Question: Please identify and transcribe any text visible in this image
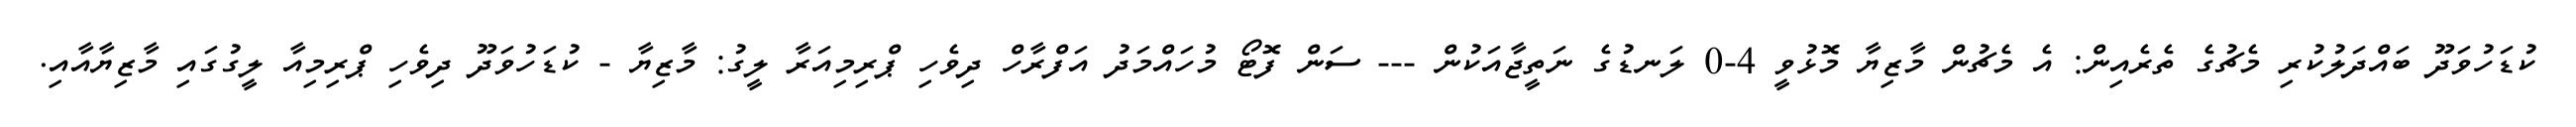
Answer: ކުޑަހުވަދޫ ބައްދަލުކުރި މެޗުގެ ތެރެއިން: އެ މެޗުން މާޒިޔާ މޮޅުވީ 4-0 ލަނޑުގެ ނަތީޖާއަކުން --- ސަން ފޮޓޯ މުހައްމަދު އަފްރާހް ދިވެހި ޕްރިމިއަރާ ލީގު: މާޒިޔާ - ކުޑަހުވަދޫ ދިވެހި ޕްރިމިއާ ލީގުގައި މާޒިޔާއާއި.